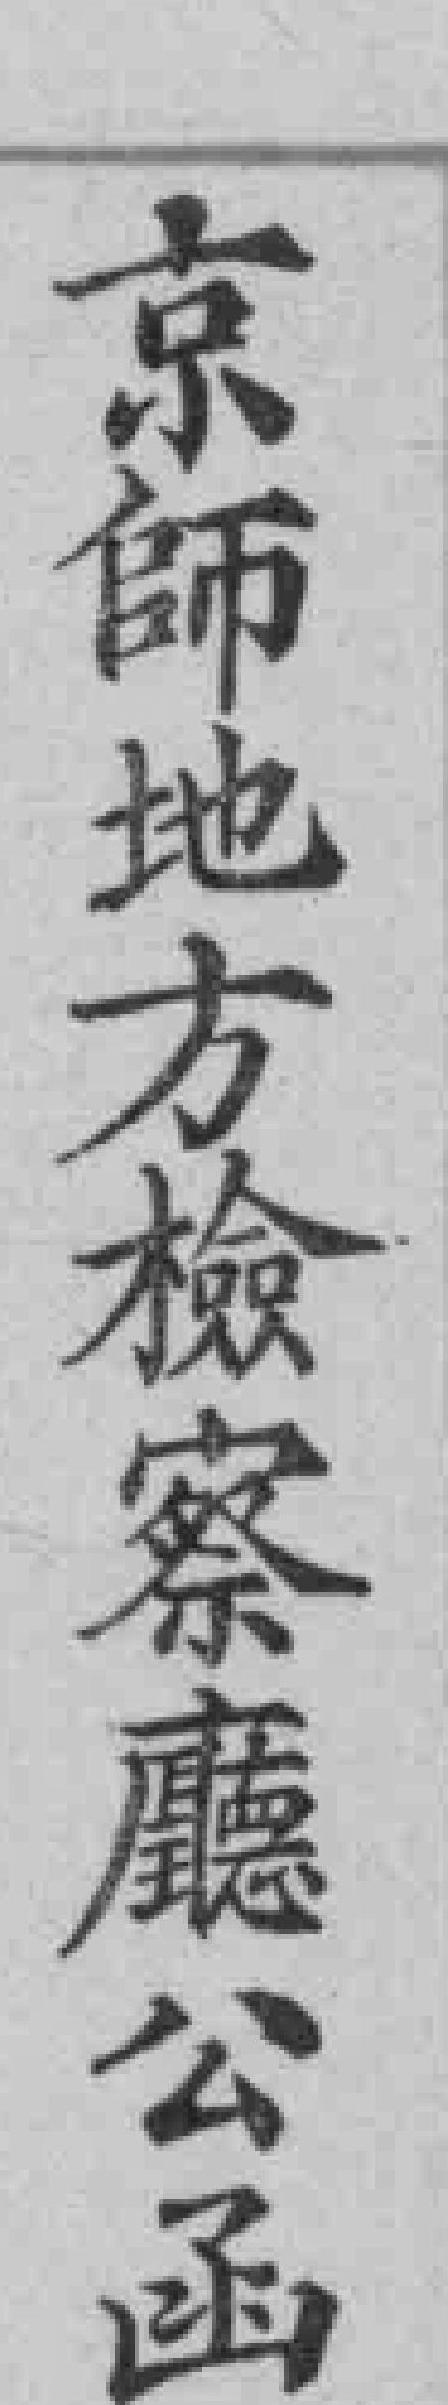
京師地方檢察廳公函